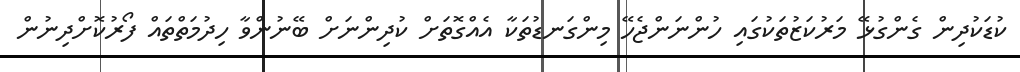
ކުޑަކުދިން ގެންގުޅޭ މަރުކަޒުތަކުގައި ހުންނަންޖެހޭ މިންގަނޑުތަކާ އެއްގޮތަށް ކުދިންނަށް ބޭނުންވާ ހިދުމަތްތައް ފޯރުކޮށްދިނުން